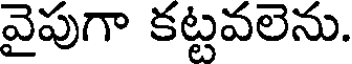
వైపుగా కట్టవలెను.